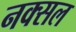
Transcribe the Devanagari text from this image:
नक्‍सल